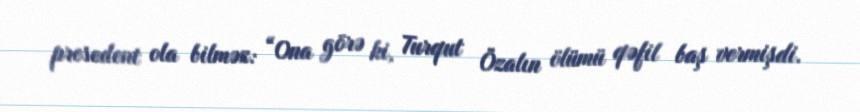
presedent ola bilməz: “Ona görə ki, Turqut Özalın ölümü qəfil baş vermişdi.